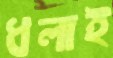
ধলাই